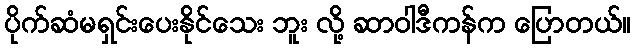
ပိုက်ဆံမရှင်းပေးနိုင်သေး ဘူး လို့ ဆာဝါဒီကန်က ပြောတယ်။